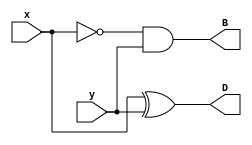
module Lab2_half_sub_gatelevel(output D, B, 
                               input x, y);
    
    wire x_not;

    xor  #(10) (D, x, y);
    and  #(5)  (B, x_not, y);
    not        (x_not, x);

endmodule